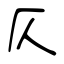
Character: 仄